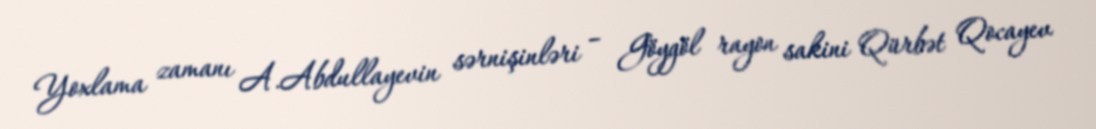
Yoxlama zamanı A.Abdullayevin sərnişinləri – Göygöl rayon sakini Qürbət Qocayev